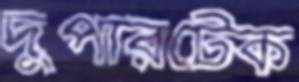
দুপারটেক